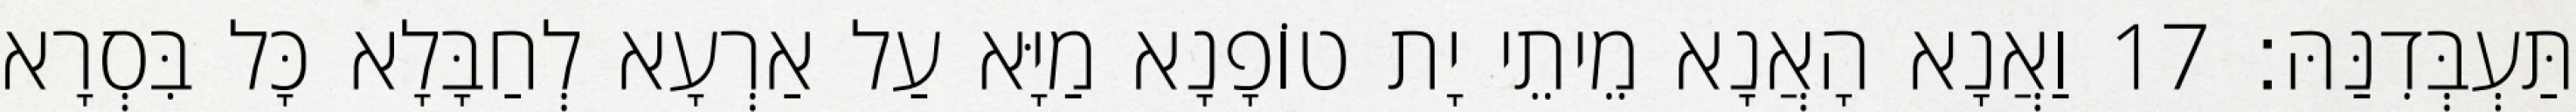
תַּעְבְּדִנַּהּ׃ 17 וַאֲנָא הָאֲנָא מֵיתֵי יָת טוֹפָנָא מַיָּא עַל אַרְעָא לְחַבָּלָא כָּל בִּסְרָא